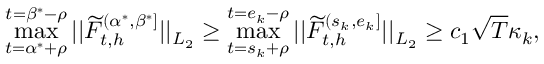
\operatorname* { m a x } _ { t = \alpha ^ { * } + \rho } ^ { t = \beta ^ { * } - \rho } \vert \vert \widetilde F _ { t , h } ^ { ( \alpha ^ { * } , \beta ^ { * } ] } \vert \vert _ { L _ { 2 } } \ge \operatorname* { m a x } _ { t = s _ { k } + \rho } ^ { t = e _ { k } - \rho } \vert \vert \widetilde F _ { t , h } ^ { ( s _ { k } , e _ { k } ] } \vert \vert _ { L _ { 2 } } \ge c _ { 1 } \sqrt { T } \kappa _ { k } ,